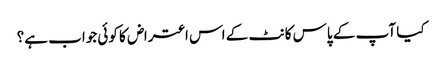
کیا آپ کے پاس کانٹ کے اس اعتراض کا کوئی جواب ہے؟